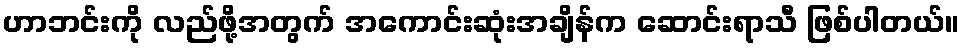
ဟာဘင်းကို လည်ဖို့အတွက် အကောင်းဆုံးအချိန်က ဆောင်းရာသီ ဖြစ်ပါတယ်။